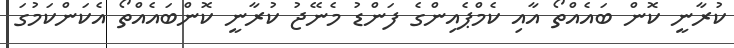
ކުރާނީ ކޮން ބައެއްތޯ އާއި ކެމްޕެއިންގެ ފަންޑު މެނޭޖު ކުރާނީ ކޮންބައެއްތޯ އެކަންކަމުގަ